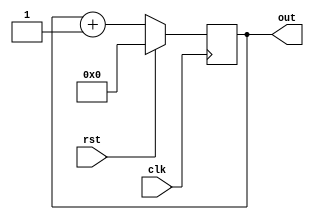
module counter (clk,rst,out);
input wire clk,rst;
output reg [3:0]out;
always @(posedge clk ) begin

    if (rst == 1'b 1) begin
        out <= 4'b0000;
    end
    else begin
        out <= out + 1'b1;
    end
end

endmodule